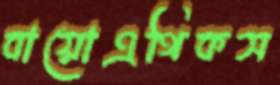
বায়োএথিকস